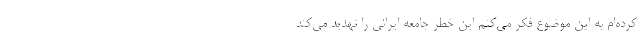
کرده‌ام به این موضوع فکر می‌کنم این خطر جامعه ایرانی را تهدید می‌کند